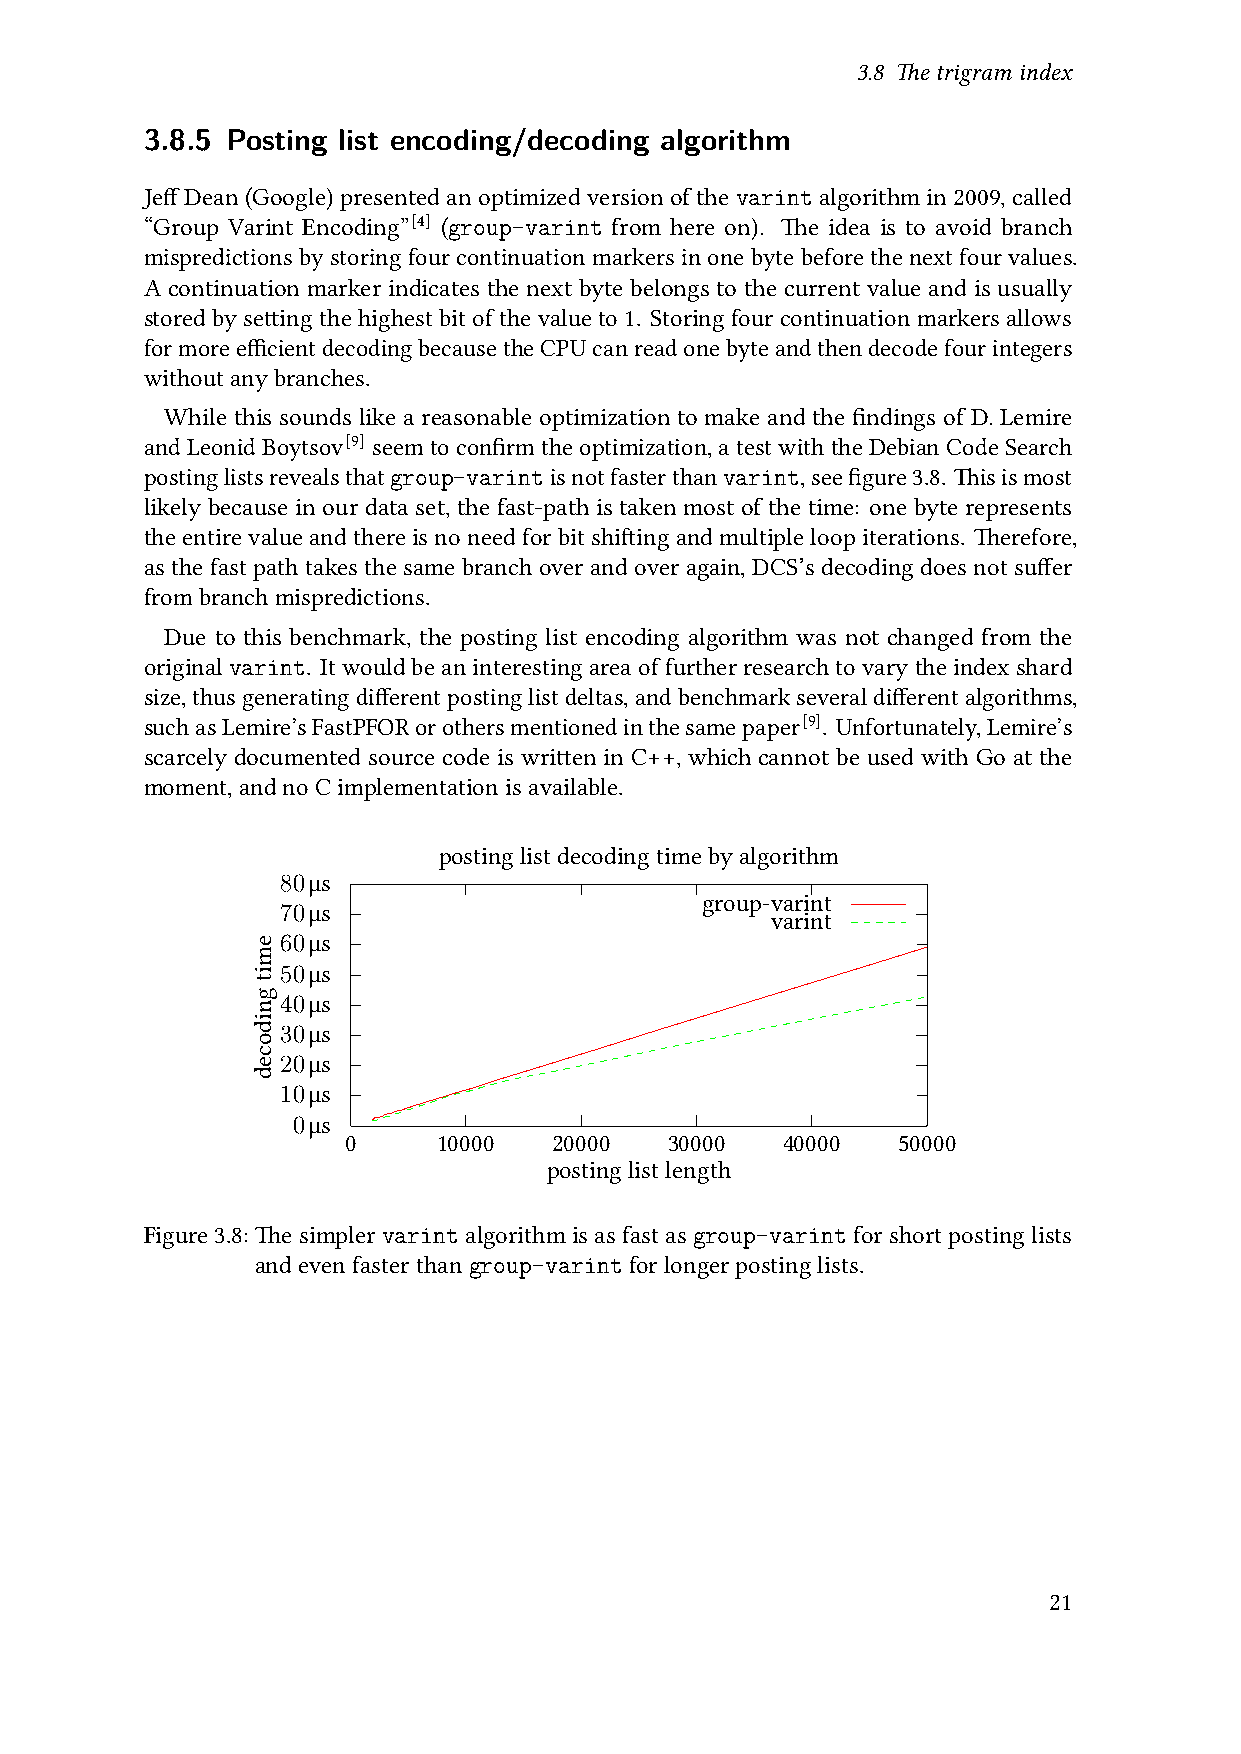
3.8 Thetrigramindex
 3.8.5 Posting list encoding/decoding algorithm
 JeffDean(Google)presentedanoptimizedversionofthevarintalgorithmin2009,called
 “Group Varint Encoding”[4] (group-varint from here on). The idea is to avoid branch
 mispredictionsbystoringfourcontinuationmarkersinonebytebeforethenextfourvalues.
 A continuation marker indicates the next byte belongs to the current value and is usually
 stored by setting the highest bit of the value to 1. Storing four continuation markers allows
 formoreefficientdecodingbecausetheCPUcanreadonebyteandthendecodefourintegers
 withoutanybranches.
 While this sounds like a reasonable optimization to make and the findings of D. Lemire
 andLeonidBoytsov[9] seemtoconfirmtheoptimization,atestwiththeDebianCodeSearch
 postinglistsrevealsthatgroup-varintisnotfasterthanvarint,seefigure3.8. Thisismost
 likely because in our data set, the fast-path is taken most of the time: one byte represents
 theentirevalueandthereisnoneedforbitshiftingandmultipleloopiterations. Therefore,
 asthe fast path takesthesame branch overand overagain, DCS’sdecoding does not suffer
 frombranchmispredictions.
 Due to this benchmark, the posting list encoding algorithm was not changed from the
 original varint. It would be an interesting area offurtherresearch to vary the index shard
 size,thusgeneratingdifferentpostinglistdeltas,andbenchmarkseveraldifferentalgorithms,
 suchasLemire’sFastPFORorothersmentionedinthesamepaper[9]. Unfortunately,Lemire’s
 scarcely documented source code is written in C++, which cannot be used with Go at the
 moment,andnoCimplementationisavailable.
 postinglistdecodingtimebyalgorithm
 80μs
 group-varint
 70μs
 varint
 60μs
 50μs
 40μs
 30μs
 20μs
 10μs
 0μs
 0     10000   20000  30000   40000  50000
 postinglistlength
 Figure3.8:The simpler varint algorithm is as fast as group-varint for short posting lists
 andevenfasterthangroup-varintforlongerpostinglists.
 21
 emitgnidoced